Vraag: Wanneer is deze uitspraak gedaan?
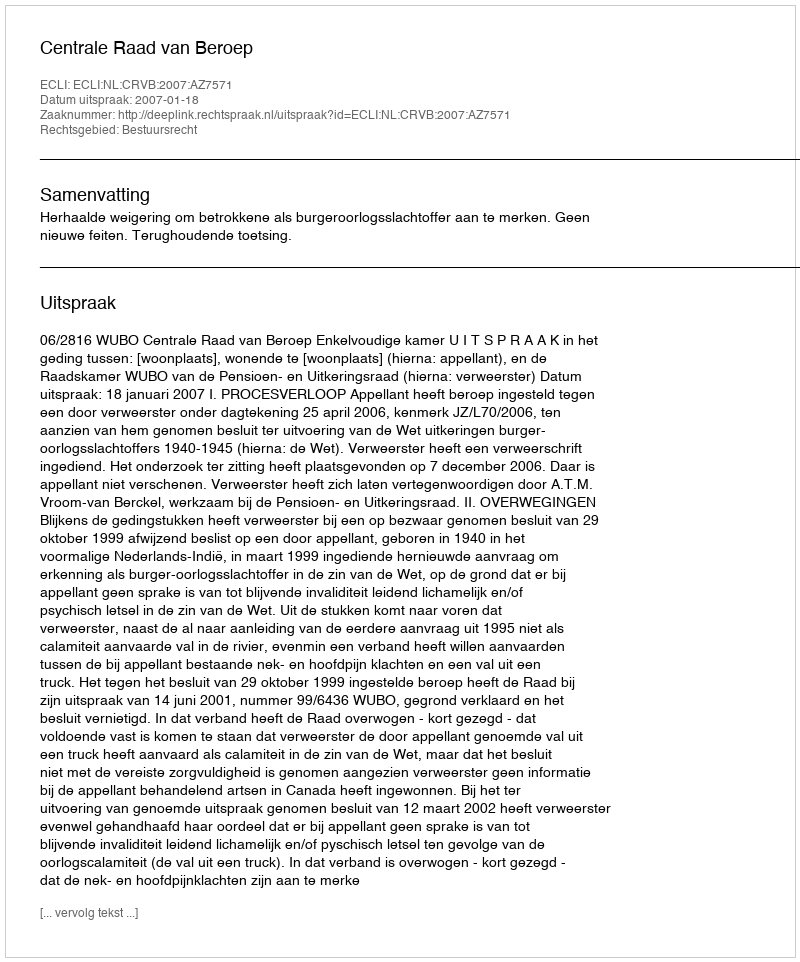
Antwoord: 2007-01-18